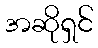
အဆိုရှင်